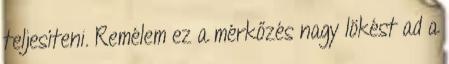
teljesíteni. Remélem ez a mérkőzés nagy lökést ad a